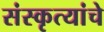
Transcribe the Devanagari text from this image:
संस्कृत्यांचे